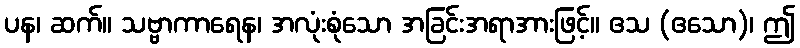
ပန၊ ဆက်။ သဗ္ဗာကာရေန၊ အလုံးစုံသော အခြင်းအရာအားဖြင့်။ ဧသ (ဧသော)၊ ဤ